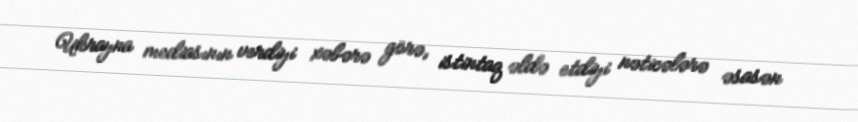
Ukrayna mediasının verdiyi xəbərə görə, istintaq əldə etdiyi nəticələrə əsasən